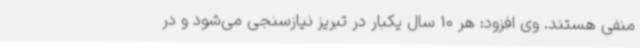
منفی هستند. وی افزود: هر 10 سال یکبار در تبریز نیازسنجی می‌شود و در